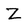
Character: Z